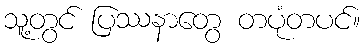
သူ့တွင် ပြဿနာတွေ တပုံတပင်။